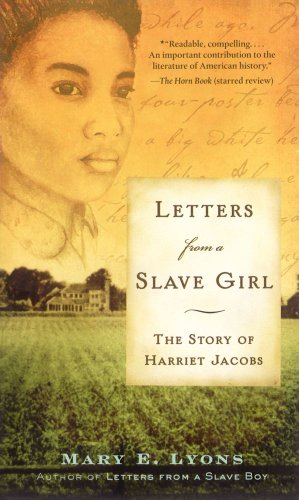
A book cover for Letters from a Slave Girl: The Story of Harriet Jacobs; Mary E. Lyons; Teen & Young Adult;